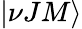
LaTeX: |\nu JM\rangle